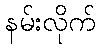
နမ်းလိုက်